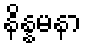
နိန္နမနာ